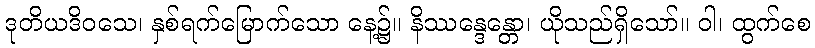
ဒုတိယဒိဝသေ၊ နှစ်ရက်မြောက်သော နေ့၌။ နိဿန္ဒေန္တော၊ ယိုသည်ရှိသော်။ ဝါ၊ ထွက်စေ